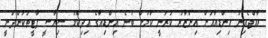
ރާއްޖެއިން އިންޑިއާއަށް އިންޒާރު ކުރަނީ ކަމަށް ބުނެ އިންޑިއާގެ އިދިކޮޅު ސިޔާސީ ޕާޓީތަކުންދަނީ